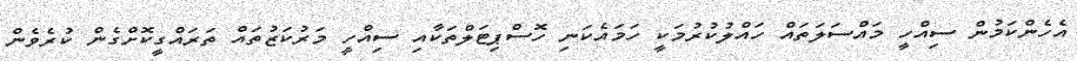
އެހެންކަމުން ސިއްހީ މައްސަލަތައް ހައްލުކުރުމަކީ ހަމައެކަނި ހޮސްޕިޓަލްތަކާއި ސިއްހީ މަރުކަޒުތައް ތަރައްގީކޮށްގެން ކުރެވެން